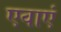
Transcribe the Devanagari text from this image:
एवाएं